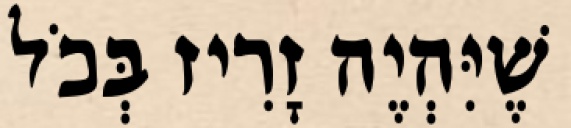
שֶׁיִּהְיֶה זָרִיז בְּכֹל